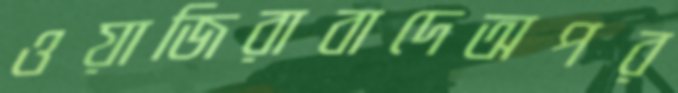
ওয়াজিরাবাদেঅপর